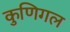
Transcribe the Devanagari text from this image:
कुणिगल